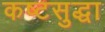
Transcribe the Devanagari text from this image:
कष्टसुद्धा